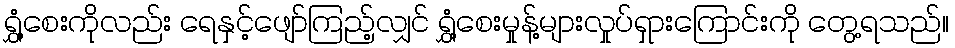
ရွှံ့စေးကိုလည်း ရေနှင့်ဖျော်ကြည့်လျှင် ရွှံ့စေးမှုန့်များလှုပ်ရှားကြောင်းကို တွေ့ရသည်။